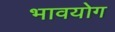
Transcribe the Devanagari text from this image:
भावयोग